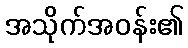
အသိုက်အဝန်း၏